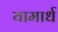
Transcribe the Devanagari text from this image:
यामार्ध